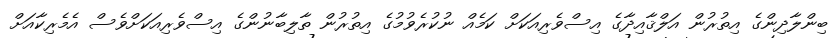
ބިންލާދިންގެ އިތުރުން އަލްޤާއިދާގެ އިސްވެރިއަކަށް ކަމެއް ނުކުރެވުމުގެ އިތުރުން ތާލިބާނުންގެ އިސްވެރިއަކަށްވެސް އެމެރިކާއަށް